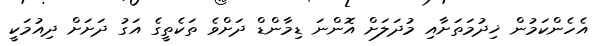
އެހެންކަމުން ޚިދުމަތަށާއި މުދަލަށް އޮންނަ ޑިމާންޑް ދަށްވެ ތަކެތީގެ އަގު ދަށަށް ދިއުމަކީ